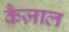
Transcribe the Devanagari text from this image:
कैज़ाल